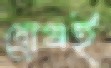
ব্রোঞ্জই